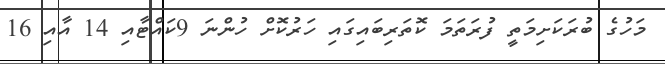
މަހުގެ ބުރަކަށިމަތީ ފުރަތަމަ ކޮތަރިބައިގައި ހަރުކޮށް ހުންނަ 9ކައްޓާއި 14 އާއި 16